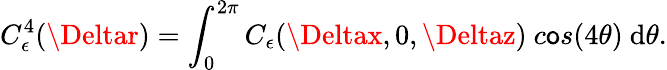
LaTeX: C_{\epsilon}^{4}(\Deltar)=\int_{0}^{2\pi}C_{\epsilon}(\Deltax,0,\Deltaz)~c\mathsf{o}s(4\theta)~\mathrm{d}\theta.